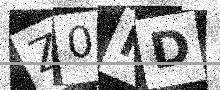
Text: Z0HD